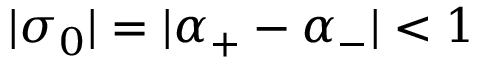
| \sigma _ { 0 } | = | \alpha _ { + } - \alpha _ { - } | < 1